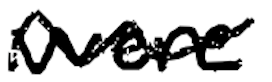
Text: were
Cross-out: wave
Writing tool: digital_black